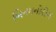
બિનમનોરોગ